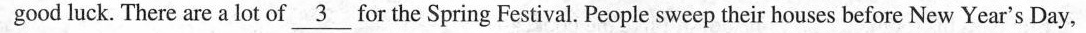
goodluck.There are a lot of \underline{3} for the Spring Festival. People sweep their houses before New Year's Day,